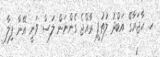
ހ. ހާޖަރާގޭ އަބްދު ލުތުފީ ރާއްޖެ ގެންނަން ލަސް ވަނީ އޭނާ ފިލާ